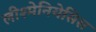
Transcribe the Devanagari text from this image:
लीश्मेनियेसिस